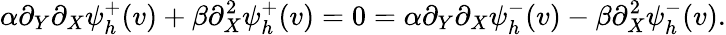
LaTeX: \alpha\partial_{Y}\partial_{X}\psi_{h}^{+}(v)+\beta\partial_{X}^{2}\psi_{h}^{+}(v)=0=\alpha\partial_{Y}\partial_{X}\psi_{h}^{-}(v)-\beta\partial_{X}^{2}\psi_{h}^{-}(v).